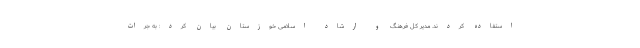
استفاده کردند. مدیر کل فرهنگ و ارشاد اسلامی خوزستان بیان کرد: به جرات